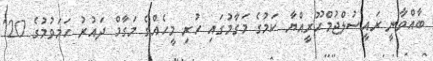
ބާއްވާނީ ރައީސުލްޖުމްހޫރީއްޔާ ކަމުގެ މަގާމުގައި ހުރި މީހެއްގެ މަގާމް ދައުރު ހަމަވުމުގެ 120